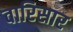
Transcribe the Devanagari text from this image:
वारिसार